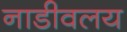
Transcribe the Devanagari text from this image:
नाडीवलय